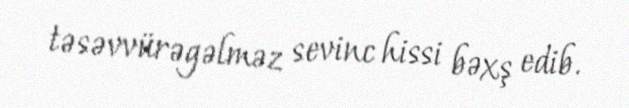
təsəvvürəgəlməz sevinc hissi bəxş edib.